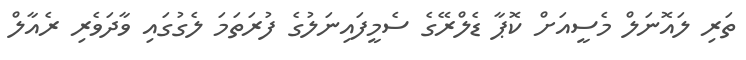
ތަރި ލައޮނަލް މެސީއަށް ކޮޕާ ޑެލްރޭގެ ސެމީފައިނަލުގެ ފުރަތަމަ ލެގުގައި ވާދަވެރި ރެއާލް